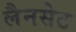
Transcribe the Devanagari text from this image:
लैनसेट